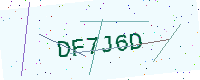
Text: DF7J6D